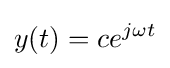
y(t)=ce^{j\omega t}